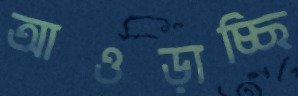
আওড়াচ্ছি